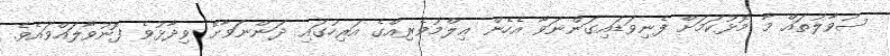
ސުވާލުތައް މާ މޮޅުކަމަށް ފެނިވަޑައިގަންނަވާ އެހެން ޢިލްމުވެރިއްގެ އަރިހުގައި ދަންނަވާށޭ ވިދާޅުވެ ފޮނުވާލައްވައެވެ.